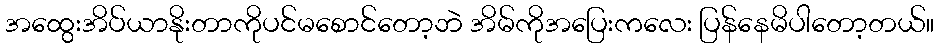
အထွေးအိပ်ယာနိုးတာကိုပင်မစောင်တော့ဘဲ အိမ်ကိုအပြေးကလေး ပြန်နေမိပါတော့တယ်။